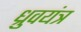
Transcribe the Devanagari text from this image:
ध्रुवयंत्र